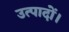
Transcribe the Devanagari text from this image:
उत्पादों।